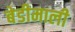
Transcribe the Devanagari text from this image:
बेडीमाली